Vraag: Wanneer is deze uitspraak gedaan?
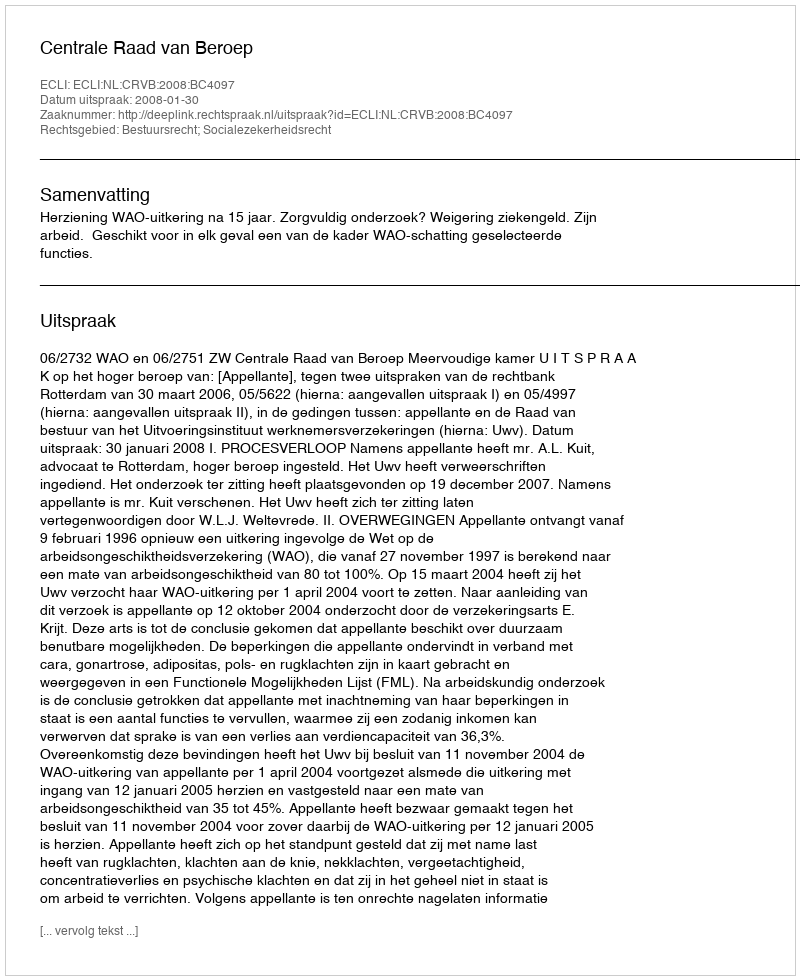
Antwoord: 2008-01-30